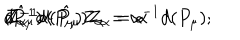
Z _ { \alpha } ^ { - 1 } d ( P _ { \mu } ) Z _ { \alpha } = \alpha ^ { - 1 } d ( P _ { \mu } ) ; \hspace { . 3 c m } Z _ { \alpha } ^ { - 1 } d ( \hat { P } _ { \mu } ) Z _ { \alpha } = \alpha \hspace { . 1 c m } d \hspace { . 1 c m } ( \hat { P } _ { \mu } )